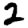
Digit: 2